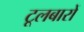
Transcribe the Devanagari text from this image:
टूलबारों